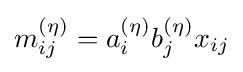
m_{ij}^{(\eta )}=a_{i}^{(\eta )}b_{j}^{(\eta )}x_{ij}